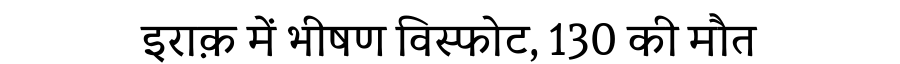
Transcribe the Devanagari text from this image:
इराक़ में भीषण विस्फोट, 130 की मौत